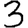
Digit: 3